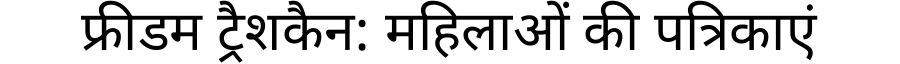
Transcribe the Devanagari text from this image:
फ्रीडम ट्रैशकैन: महिलाओं की पत्रिकाएं